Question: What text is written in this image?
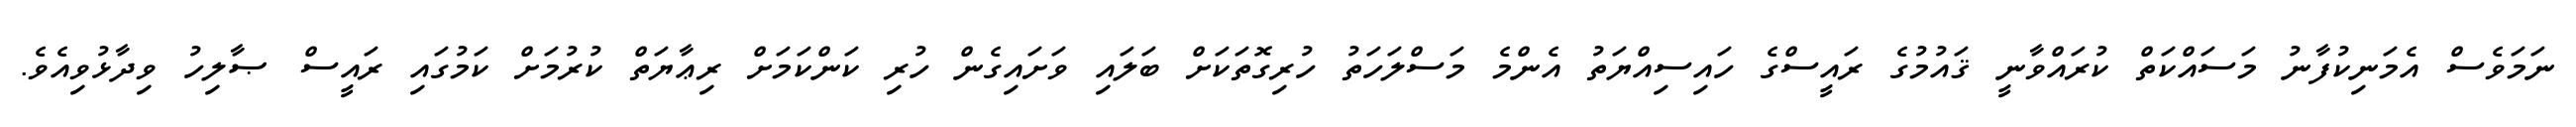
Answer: ނަމަވެސް އެމަނިކުފާނު މަސައްކަތް ކުރައްވާނީ ޤައުމުގެ ރައީސްގެ ހައިސިއްޔަތު އެންމެ މަސްލަހަތު ހުރިގޮތަކަށް ބަލައި ވަށައިގެން ހުރި ކަންކަމަށް ރިޢާޔަތް ކުރުމަށް ކަމުގައި ރައީސް ޞާލިހު ވިދާޅުވިއެވެ.